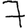
Digit: 7